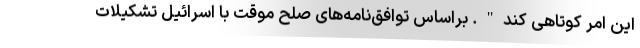
این امر کوتاهی کند". براساس توافق‌نامه‌های صلح موقت با اسرائیل تشکیلات